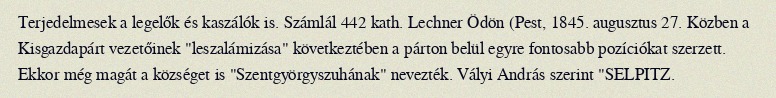
Terjedelmesek a legelők és kaszálók is. Számlál 442 kath. Lechner Ödön (Pest, 1845. augusztus 27. Közben a Kisgazdapárt vezetőinek "leszalámizása" következtében a párton belül egyre fontosabb pozíciókat szerzett. Ekkor még magát a községet is "Szentgyörgyszuhának" nevezték. Vályi András szerint "SELPITZ.